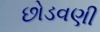
છોડવણી